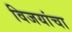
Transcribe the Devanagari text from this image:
विजयांचा